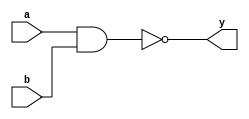
// This program was cloned from: https://github.com/Aryavardhan37/Verilog_codes
// License: MIT License

module nand_gate(a,b,y);
input a,b;
output y;
nand(y,a,b);
endmodule